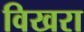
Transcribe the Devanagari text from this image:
विखरा